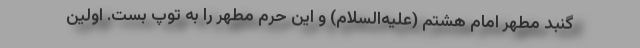
گنبد مطهر امام هشتم (علیه‌السلام) و این حرم مطهر را به توپ بست. اولین